King Institute of Preventive Medicine Micro-Biological Section reports 1909-11
Year: 1909
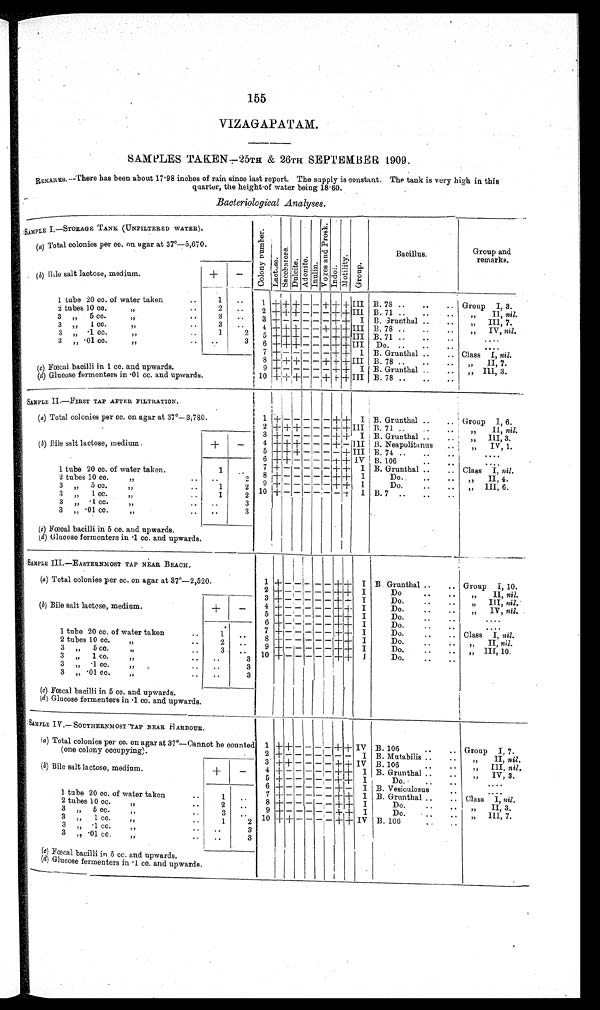
155
VIZAGAPATAM.
SAMPLES TAKEN—25TH & 26TH SEPTEMBER 1909.
REMARKS.—There has been about 17.98 inches of rain since last report. The supply is constant. The tank is very high in this
quarter, the height of water being 18.60.
Bacteriological Analyses.
SAMPLE I.—TANK (UNFILTERED WATER).
Colony number.
L a c t o s e . S a c c h a r o s e
D u l c i t e .
Adonite.
Inulin.
V o g e s a n d P r o s k .
Indol. M o t i l i t y .
Group.
Bacillus.
Group and
remarks.
(a ) Total colonies per cc. on agar at 37°—5,670.
( b ) Bi1e salt lactose, medium.
+
_
1 tube 20 cc. of water taken
..
1
..
1 + + + — — + + + III B. 78
G r o u p I , 3 .
2 tubes 10 cc. "
2
. .
2 +
+ + _ — — + +
I I I B. 71..
..
" I I ,
n i l
.
3 „ 5 cc. " ..
3
. .
3 + _ _ _ _ _ + +
I B. Grunthal
" I I I , 7 .
3 „ 1 cc. ,,
3
..
4 + + + — — + + + III B. 78 ..
..
..
" IV, nil.
3 " .1 cc.
„
1
2
5
+ + + — — — + + III B. 71 ..
..
.. ....
3 „ .01 cc. "
.. ..
3
6 + + + _ _ _ + +
I I I Do. ..
. . . .
7 +
_ _ _ _ _ + +
I B. Grunthal ..
.. Class I, nil.
8 + +
+ — — + + + III B. 78 ..
..
..
„ II, 7.
(c) Fœcal bacilli in 1 cc. and upwards.
9 + _ _ _ _ _ + + I B. Grunthal ..
..
„ III, 3.
(d ) Glucose fermenters in 0i cc. and upwards.
10 + ++ — _ + + + III B. 78 ..
..
..
SAMPLE II.—FIRST TAP AFTER FILTRATION .
(a ) Total colonies per cc. on agar at 37°—3,780.
1 + _ _ _ _ _ + +
I B. Grunthal ..
.. Group I, 6.
2 + + + — — — + + III B. 71 ..
..
.
" II, nil.
3 + _ _ _ _ _ + +
I B. Grunthal ..
„ III, 3.
(b)
B i l e s a l t l a c t o s e , m e d i u m .
+
—
4 + + + — — — + -
I I I B. Neapolitanus
..
" I V , 1 .
5 + + + — — — — + IIII B. 74 ..
..
..
....
6 + + _ — — _ +
+ IV B. 106
..
....
1 tube 20 cc. of water taken.
1
. .
7 + _ _ _ _ _ + + I B. Grunthal ..
.. Class I, nil.
2 tubes 10 cc. „
..
..
2
8 + _ _ _ _ _ + +
I
Do.
" I I , 4 .
3 " 5 cc. "
•
1
2
9 +
_ _ _ _ +
+
I
Do.
" I I I , 6 .
3 „ 1 cc. „
..
1
2 10 + + _ _ _ _ _ +
I B. 7 ..
..
..
3 " .1 cc. "
..
3
3 „ .01 cc. "
..
..
3
(c) Fœcal bacilli in 5 cc. and upwards.
(d) Glucose fermenters in .1 cc. and upwards.
SAMPLE III.—EASTERNMOST TAP NEAR BEACH.
(a) Total colonies per cc. on agar at 37°—2,520.
1 + — — _ — — +
+
I B. Grunthal
Group I, 10.
2 + + _ _ _ _ + + I
Do
..
..
„ II, nil.
3 +
—
_ — — — +
+
I
Do.
..
..
" I I I , n i l .
( b ) Bile salt lactose, medium.
+
—
4 + _ _ _ _ _ + +
I
Do.
..
..
„ IV, nil.
5 + _ __ _ _ + + I
Do.
..
.. ....
6 +
_ _ _ _ _ + +
I
Do.
..
..
....
7 + _ _ _ _ _ + + I
Do.
Class I, nil.
1 tube 20 cc. of water taken
..
1
. .
8
+ _ _ _ _ _ +
+ I
Do.
" II nil.
2 tubes 10 cc. „
..
2
. .
9 + _ _ _ _ _ +
+ I
Do.
" I I I , 1 0 .
3 " 5 c c . "
3 ..
10 +
_ _ _ _ _ +
+
I
Do.
3 „ 1 cc. „
..
..
3
3 " .1 cc. „
..
..
3
3 " .01 cc. „
..
3
(c) Fœcal bacilli in 5 cc. and upwards.
(d ) Glucose fermenters in .1 cc. and upwards.
SAMPLE IV.— SOUTHERNMOST TAP NEAR HARBOUR.
( a ) Total colonies per cc. on agar at 37°—Cannot be counted
(one colony occupying).
1 + + —
_
— — + + IV B. 106
Group I, 7.
2 + - _ _ _ _ _ _
I B. Mutabilis ..
..
" I I ,
n i l .
3 + + — — _ — + +
IV B. 106
..
..
„ III, nil.
( b) Bile salt lactose, medium.
+
_
4 + _ _ _ _ _ + + I B. Grunthal ..
..
,, IV, 3.
5 + _ _ _ _ _ + +
I
Do.
.
..
....
6 + _ _ _ _ _ +
-
I B. Vesiculosus
. . . .
1 tube 20 cc. of water taken
..
1
..
7 + _ _ _ _ _ + +
I B. Grunthal .
.. Class I, nil .
2 tubes 10 cc. „
..
2
..
8 +_ _ _ _ _ + + I
Do.
..
" I I , 3 .
3 " 5 cc. "
3 ..
9 + _ — —_— + +
I
Do.
• •
,, III, 7.
3 " 1 cc. "
1
2 10 + + — — — — + + IV B. 106
3 „ .1 cc. ,,
.
..
3
3 ,, .01 cc. „ ..
. .
3
( c) Fœcal bacilli in 5 cc. and upwards.
(d ) Glucose fermenters in .1 cc. and upwards.